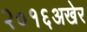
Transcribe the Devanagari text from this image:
२०१६अखेर